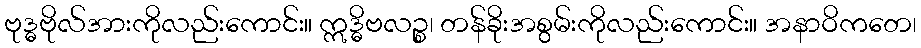
ဗုဒ္ဓဗိုလ်အားကိုလည်းကောင်း။ ဣဒ္ဓိဗလဉ္စ၊ တန်ခိုးအစွမ်းကိုလည်းကောင်း။ အနာဝိကတေ၊